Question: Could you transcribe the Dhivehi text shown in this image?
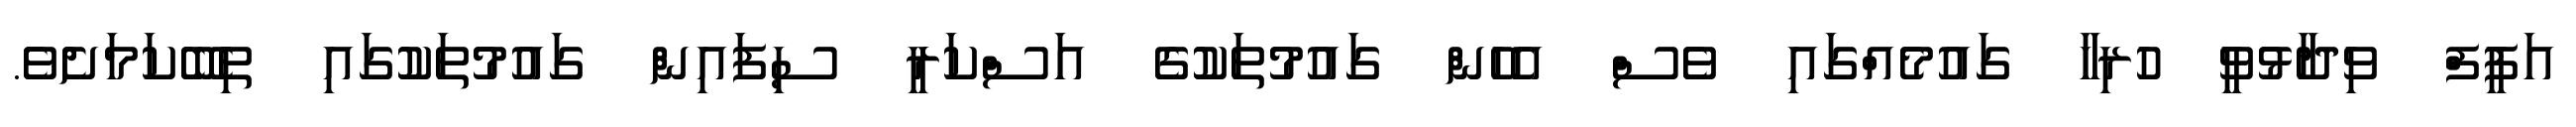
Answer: އަފީފް ވިދާޅުވީ ހުރިހާ ގައުމެއްގައި ވެސް އެހެން ގައުމުތަކުގެ އަސްކަރީ ސިފައިން ގައުމުތަކުގައި ތިބޭކަމަށެވެ.